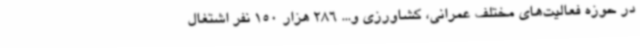
در حوزه فعالیت‌های مختلف عمرانی، کشاورزی و... 286 هزار 150 نفر اشتغال